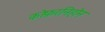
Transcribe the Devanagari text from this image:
कोफ़रनिहोन